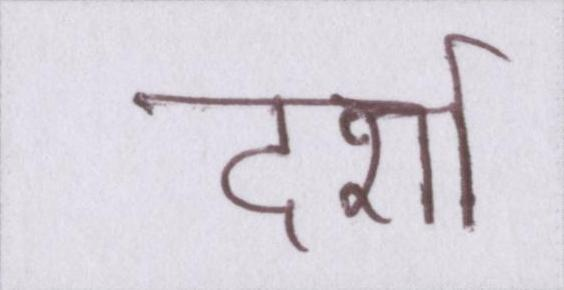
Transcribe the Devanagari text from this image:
दर्शा